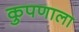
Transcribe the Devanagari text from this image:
कुपणाला